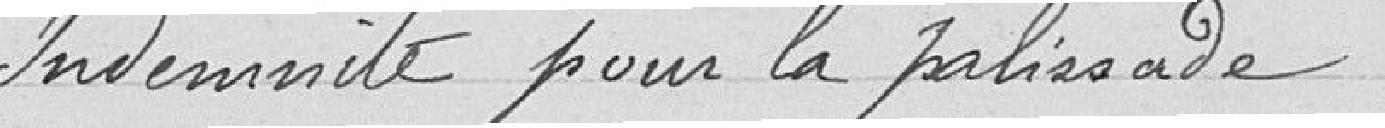
Indemnité pour la palissade